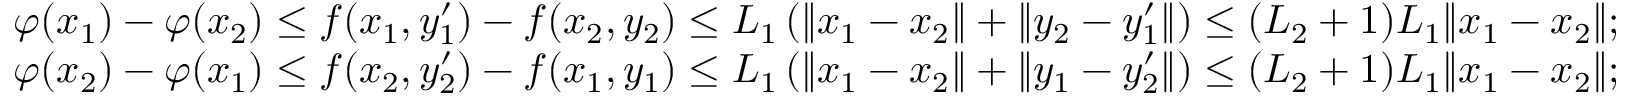
\begin{array} { r l } & { \varphi ( x _ { 1 } ) - \varphi ( x _ { 2 } ) \le f ( x _ { 1 } , y _ { 1 } ^ { \prime } ) - f ( x _ { 2 } , y _ { 2 } ) \le L _ { 1 } \left( \| x _ { 1 } - x _ { 2 } \| + \| y _ { 2 } - y _ { 1 } ^ { \prime } \| \right) \le ( L _ { 2 } + 1 ) L _ { 1 } \Vert x _ { 1 } - x _ { 2 } \Vert ; } \\ & { \varphi ( x _ { 2 } ) - \varphi ( x _ { 1 } ) \le f ( x _ { 2 } , y _ { 2 } ^ { \prime } ) - f ( x _ { 1 } , y _ { 1 } ) \le L _ { 1 } \left( \| x _ { 1 } - x _ { 2 } \| + \| y _ { 1 } - y _ { 2 } ^ { \prime } \| \right) \le ( L _ { 2 } + 1 ) L _ { 1 } \Vert x _ { 1 } - x _ { 2 } \Vert ; } \end{array}